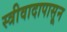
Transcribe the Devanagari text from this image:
स्त्रीवादापासून